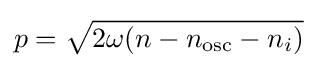
p={\sqrt {2\omega (n-n_{\mathrm {osc} }-n_{i})}}